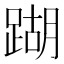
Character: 䠒